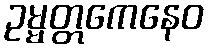
ဥမ္မတ္တကေနေဝ